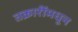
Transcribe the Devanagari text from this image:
तक्रारींमधून